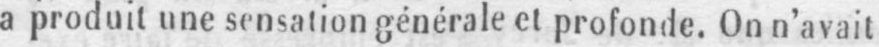
a produit une sensation générale et profonde. On n’avait